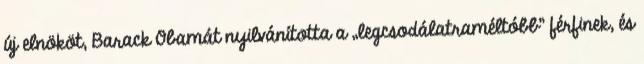
új elnököt, Barack Obamát nyilvánította a „legcsodálatraméltóbb” férfinek, és